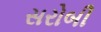
સરોબી